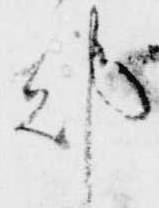
都